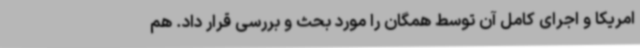
امریکا و اجرای کامل آن توسط همگان را مورد بحث و بررسی قرار داد. هم